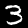
Label: 3